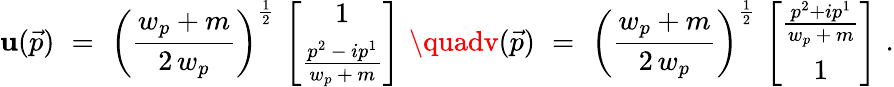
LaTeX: \mathbf{u}(\vec{{p}})\, \, =\, \, \left(\frac{{w_{p}+m}}{{2\, w_{p}}}\right)^{\frac{{1}}{{2}}}\, \left[\begin{array}{c}{{1}}\\ {{\frac{p^{2}\, -\, ip^{1}}{w_{p}\, +\, m}}}\end{array}\right]\, \, \quadv(\vec{{p}})\, \, =\, \, \left(\frac{{w_{p}+m}}{{2\, w_{p}}}\right)^{\frac{{1}}{{2}}}\, \left[\begin{array}{c}{{\frac{p^{2}+ip^{1}}{w_{p}\, +\, m}}}\\ {{1}}\end{array}\right]\, \, .